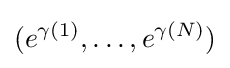
(e^{\gamma (1)},\dots ,e^{\gamma (N)})